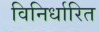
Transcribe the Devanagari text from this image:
विनिर्धारित